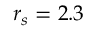
r _ { s } = 2 . 3